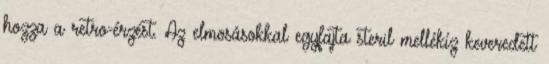
hozza a retro-érzést. Az elmosásokkal egyfajta steril mellékíz keveredett